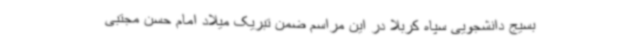
بسیج دانشجویی سپاه کربلا در این مراسم ضمن تبریک میلاد امام حسن مجتبی